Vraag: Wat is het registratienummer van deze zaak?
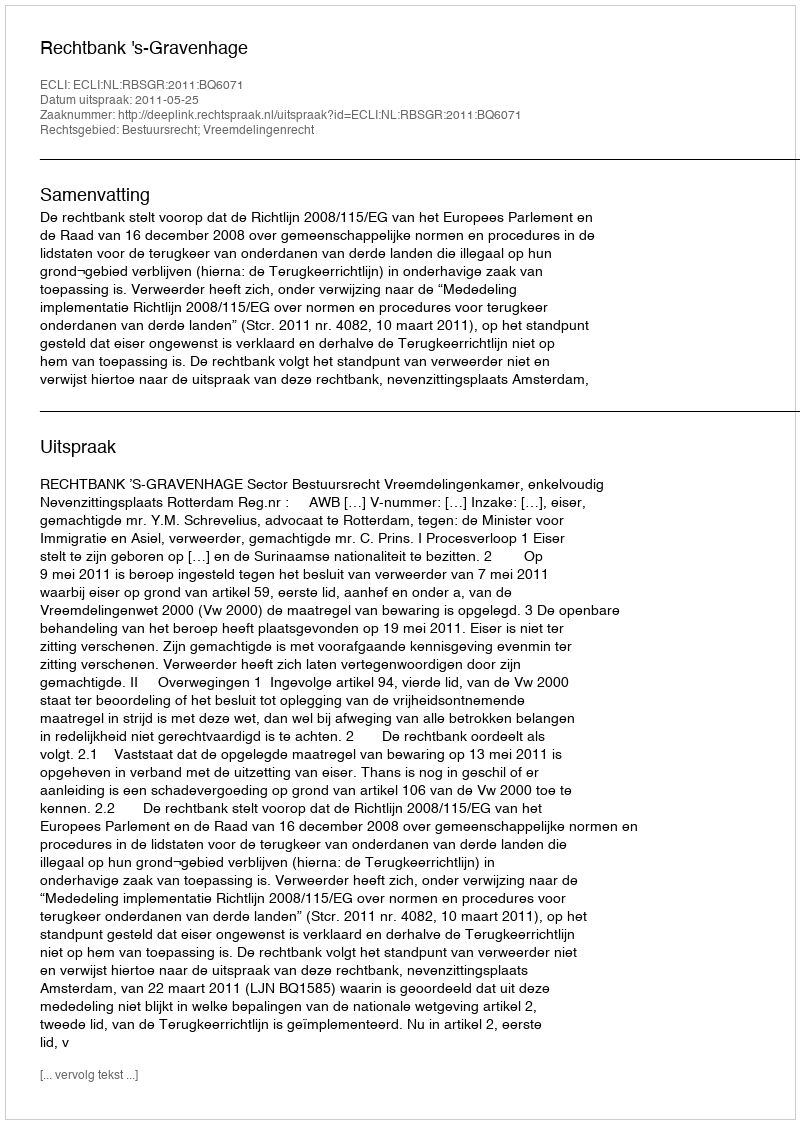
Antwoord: http://deeplink.rechtspraak.nl/uitspraak?id=ECLI:NL:RBSGR:2011:BQ6071